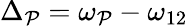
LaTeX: {\Delta_{\mathcal{P}}}={\omega_{\mathcal{P}}}-{\omega_{12}}